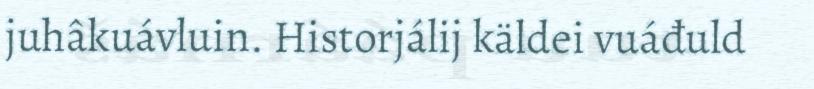
juhâkuávluin. Historjálij käldei vuáđuld